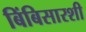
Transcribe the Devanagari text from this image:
बिंबिसारशी